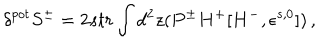
LaTeX: \delta ^ { p o t } S ^ { \pm } = 2 s t r \int d ^ { 2 } z ( P ^ { \pm } H ^ { + } [ H ^ { - } , \epsilon ^ { s , 0 } ] ) \, ,